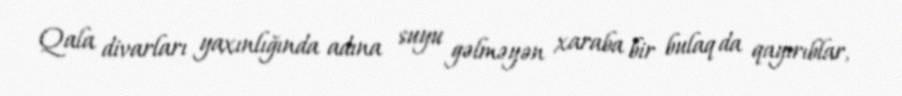
Qala divarları yaxınlığında adına suyu gəlməyən xaraba bir bulaq da qayırıblar,